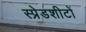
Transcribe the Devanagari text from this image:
स्प्रेडशीटों